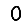
Digit: 0